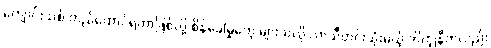
ကျောင်းသစ် တည်ထောင်ရတာဖြစ်လို့ စိန်ခေါ်မှုတွေ များသလို လာသီတင်းသုံးမယ့် ဘိက္ခုနီကလည်း